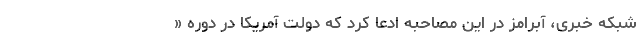
شبکه خبری، آبرامز در این مصاحبه ادعا کرد که دولت آمریکا در دوره «